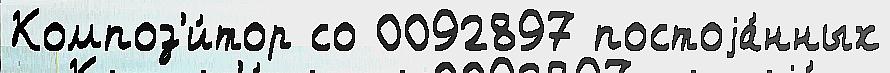
Композ'и́тор со 0092897 постоjа́нных